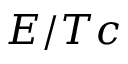
E / T c